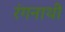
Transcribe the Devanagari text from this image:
रंगनाथी